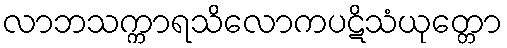
လာဘသက္ကာရသိလောကပဋိသံယုတ္တော